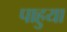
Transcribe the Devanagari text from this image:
पाहुया